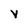
Character: V